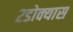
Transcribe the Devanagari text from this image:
२डोक्यास